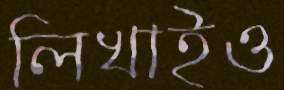
লিখাইও